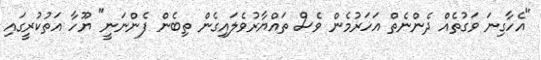
"އެހާގިނަ ވަގުތެއް ދެންނެތް އަހަރުމެން ވެސް ތައްޔާރުވެލައިގެން ތިބެން ފެންނަނީ" ޔޫހާ އަތުކުރީގައި